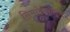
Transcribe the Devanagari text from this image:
सिमारेषेपासून